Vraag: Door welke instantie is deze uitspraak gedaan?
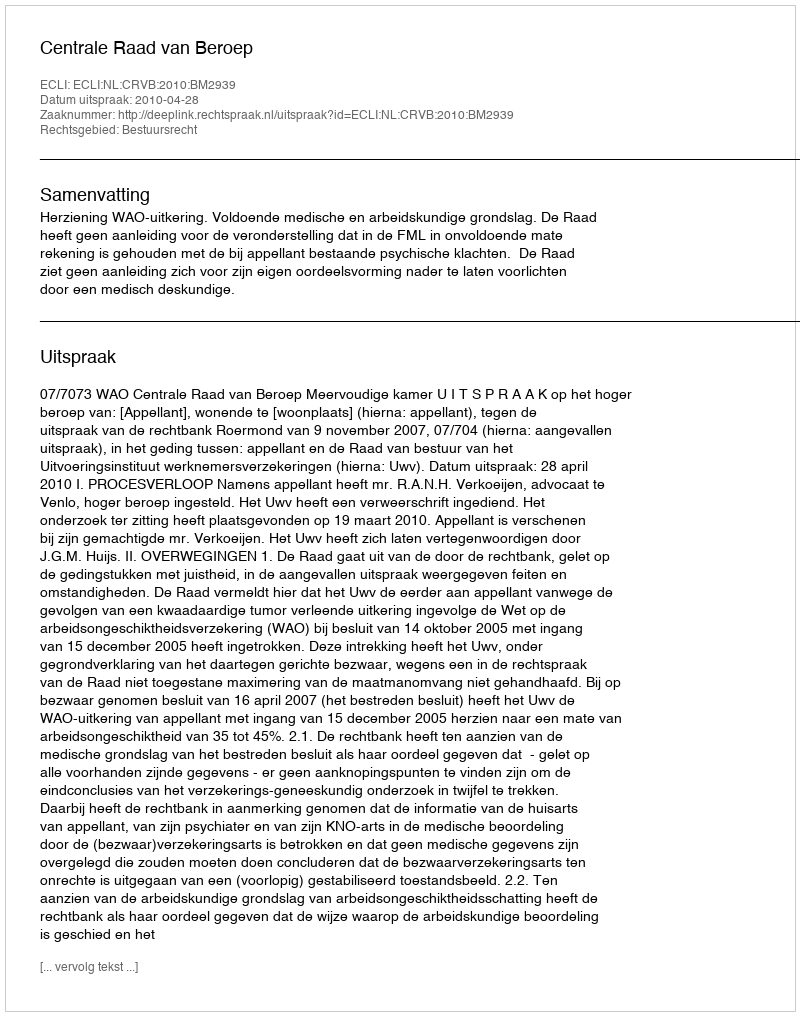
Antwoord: Centrale Raad van Beroep